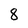
Character: 8